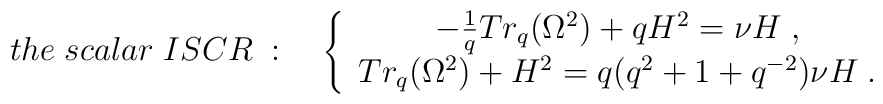
the \; scalar \; ISCR \; : \quad\left\{\begin{array}{c}-\frac{1}{q} Tr_{q}(\Omega^{2}) + q H^{2} = \nu H \; , \\Tr_{q}(\Omega^{2}) + H^{2} = q(q^{2} + 1 + q^{-2})\nu H \; .\end{array}\right.